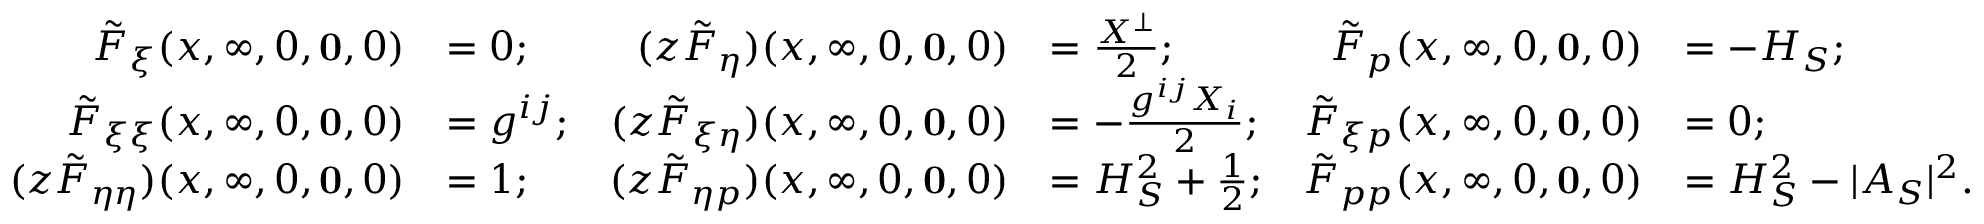
\begin{array} { r l r l r l } { \tilde { F } _ { \xi } ( x , \infty , 0 , \mathbf { 0 } , 0 ) } & { = 0 ; } & { ( z \tilde { F } _ { \eta } ) ( x , \infty , 0 , \mathbf { 0 } , 0 ) } & { = \frac { X ^ { \perp } } { 2 } ; } & { \tilde { F } _ { p } ( x , \infty , 0 , \mathbf { 0 } , 0 ) } & { = - H _ { S } ; } \\ { \tilde { F } _ { \xi \xi } ( x , \infty , 0 , \mathbf { 0 } , 0 ) } & { = g ^ { i j } ; } & { ( z \tilde { F } _ { \xi \eta } ) ( x , \infty , 0 , \mathbf { 0 } , 0 ) } & { = - \frac { g ^ { i j } X _ { i } } { 2 } ; } & { \tilde { F } _ { \xi p } ( x , \infty , 0 , \mathbf { 0 } , 0 ) } & { = 0 ; } \\ { ( z \tilde { F } _ { \eta \eta } ) ( x , \infty , 0 , \mathbf { 0 } , 0 ) } & { = 1 ; } & { ( z \tilde { F } _ { \eta p } ) ( x , \infty , 0 , \mathbf { 0 } , 0 ) } & { = H _ { S } ^ { 2 } + \frac { 1 } { 2 } ; } & { \tilde { F } _ { p p } ( x , \infty , 0 , \mathbf { 0 } , 0 ) } & { = H _ { S } ^ { 2 } - | A _ { S } | ^ { 2 } . } \end{array}